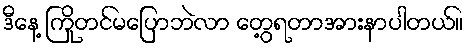
ဒီနေ့ ကြိုတင်မပြောဘဲလာ တွေ့ရတာအားနာပါတယ်။